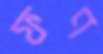
ফণ